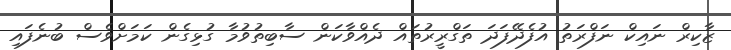
ޒާކިރް ނައިކް ނަފްރަތު އުފެދޭފަދަ ތަގްރީރުތައް ދެއްވާކަން ސާބިތުވުމާ ގުޅިގެން ކަމަށްވެސް ބުނެފައި